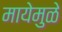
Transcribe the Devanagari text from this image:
मायेमुळे